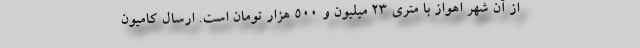
از آن شهر اهواز با متری ۲۳ میلیون و ۵۰۰ هزار تومان است. ارسال کامیون